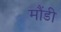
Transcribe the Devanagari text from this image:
मौंडी